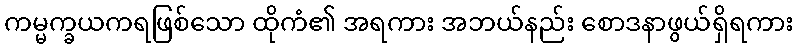
ကမ္မက္ခယကရဖြစ်သော ထိုကံ၏ အရကား အဘယ်နည်း စောဒနာဖွယ်ရှိရကား